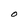
Character: O